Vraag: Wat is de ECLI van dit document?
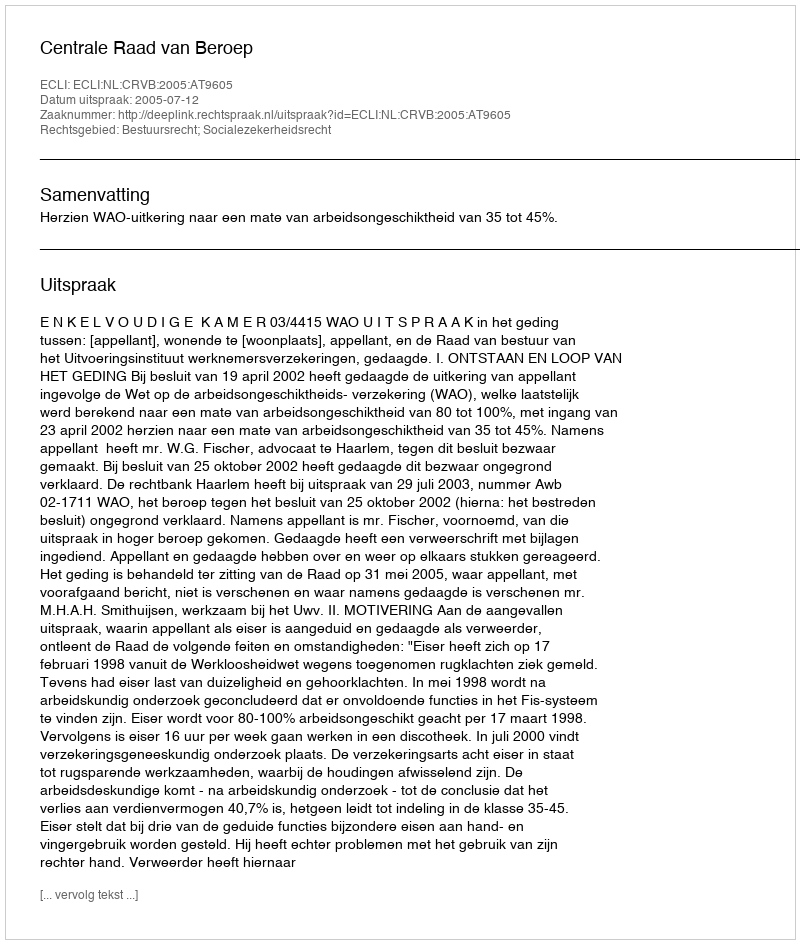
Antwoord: ECLI:NL:CRVB:2005:AT9605